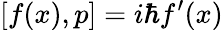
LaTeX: [f(x),p]=i\hbar f^{\prime}(x)